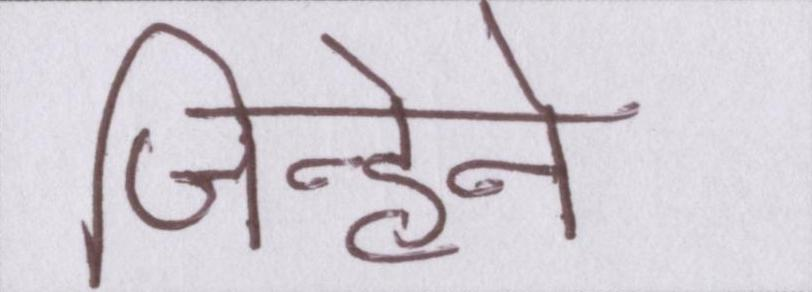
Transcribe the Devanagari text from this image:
जिन्होने